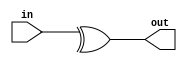
module sparc_ifu_par16 (/*AUTOARG*/
   // Outputs
   out, 
   // Inputs
   in
   );

   input [15:0] in;
   output 	out;

   assign  out = (^in[15:0]);

endmodule